Civil Veterinary Department Bengal reports 1933-51 - 1933-1951
Year: 1933
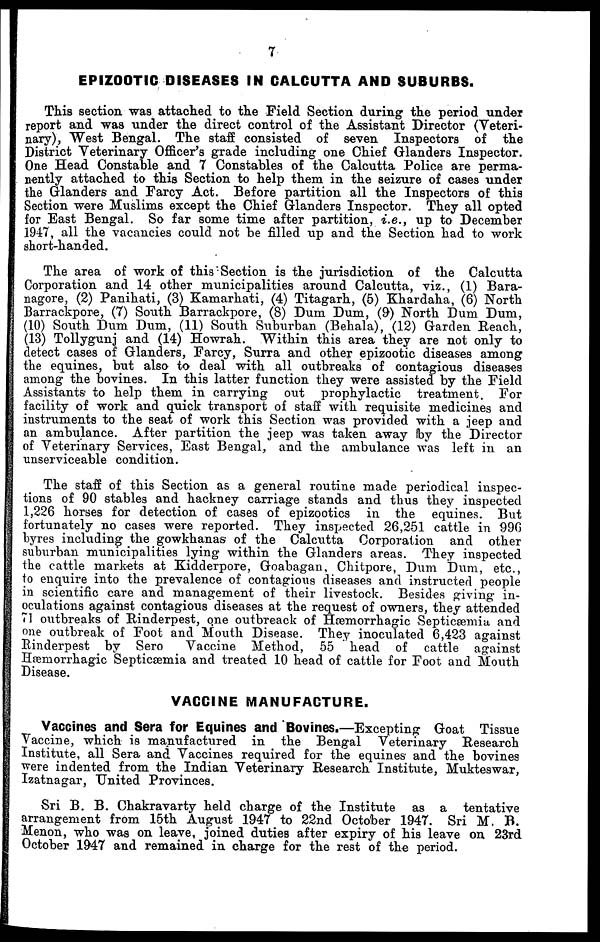
7
EPIZOOTIC DISEASES IN CALCUTTA AND SUBURBS.
This section was attached to the Field Section during the period under
report and was under the direct control of the Assistant Director (Veteri-
nary), West Bengal. The staff consisted of seven Inspectors of the
District Veterinary Officer's grade including one Chief Glanders Inspector.
One Head Constable and 7 Constables of the Calcutta Police are perma-
nently attached to this Section to help them in the seizure of cases under
the Glanders and Farcy Act. Before partition all the Inspectors of this
Section were Muslims except the Chief Glanders Inspector. They all opted
for East Bengal. So far some time after partition, i.e., up to December
1947, all the vacancies could not be filled up and the Section had to work
short-handed.
The area of work of this Section is the jurisdiction of the Calcutta
Corporation and 14 other municipalities around Calcutta, viz., (1) Bara-
nagore, (2) Panihati, (3) Kamarhati, (4) Titagarh, (5) Khardaha, (6) North
Barrackpore, (7) South Barrackpore, (8) Dum Dum, (9) North Dum Dum,
(10) South Dum Dum, (11) South Suburban (Behala), (12) Garden Reach,
(13) Tollygunj and (14) Howrah. Within this area they are not only to
detect cases of Glanders, Farcy, Surra and other epizootic diseases among
the equines, but also to deal with all outbreaks of contagious diseases
among the bovines. In this latter function they were assisted by the Field
Assistants to help them in carrying out prophylactic treatment. For
facility of work and quick transport of staff with requisite medicines and
instruments to the seat of work this Section was provided with a jeep and
an ambulance. After partition the jeep was taken away (by the Director
of Veterinary Services, East Bengal, and the ambulance was left in an
unserviceable condition.
The staff of this Section as a general routine made periodical inspec-
tions of 90 stables and hackney carriage stands and thus they inspected
1,226 horses for detection of cases of epizootics in the equines. But
fortunately no cases were reported. They inspected 26,251 cattle in 996
byres including the gowkhanas of the Calcutta Corporation and other
suburban municipalities lying within the Glanders areas. They inspected
the cattle markets at Kidderpore, Goabagan, Chitpore, Dum Dum, etc.,
to enquire into the prevalence of contagious diseases and instructed people
in scientific care and management of their livestock. Besides giving in-
oculations against contagious diseases at the request of owners, they attended
71 outbreaks of Rinderpest, one outbreack of Hæmorrhagic Septicæmia and
one outbreak of Foot and Mouth Disease. They inoculated 6,423 against
Rinderpest by Sero
Vaccine Method, 55 head of cattle against
Hæmorrhagic Septicæmia and treated 10 head of cattle for Foot and Mouth
Disease.
VACCINE MANUFACTURE.
Vaccines and Sera for Equines and Bovines.—Excepting Goat Tissue
Vaccine, which is manufactured in the Bengal Veterinary Research
Institute, all Sera and Vaccines required for the equines and the bovines
were indented from the Indian Veterinary Research Institute, Mukteswar,
Izatnagar, United Provinces.
Sri B. B. Chakravarty held charge of the Institute as a tentative
arrangement from 15th August 1947 to 22nd October 1947. Sri M. B.
Menon, who was on leave, joined duties after expiry of his leave on 23rd
October 1947 and remained in charge for the rest of the period.